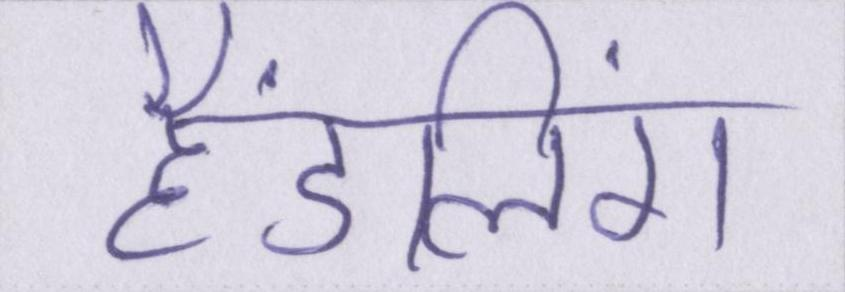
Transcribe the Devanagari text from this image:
हैंडलिंग